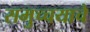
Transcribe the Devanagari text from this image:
समुच्चयाचे